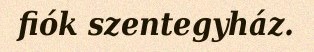
fiók szentegyház.